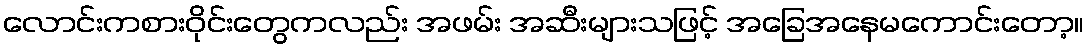
လောင်းကစားဝိုင်းတွေကလည်း အဖမ်း အဆီးများသဖြင့် အခြေအနေမကောင်းတော့။